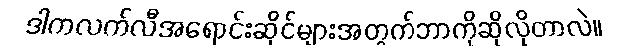
ဒါကလက်လီအရောင်းဆိုင်များအတွက်ဘာကိုဆိုလိုတာလဲ။